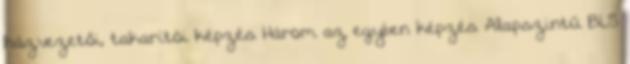
házvezetői, takarítói képzés Három az egyben képzés Alapszintű BLS